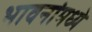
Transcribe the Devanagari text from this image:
भावनांमध्ये